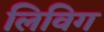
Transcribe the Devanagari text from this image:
लिविग